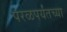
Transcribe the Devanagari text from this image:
परळपर्यंतच्या